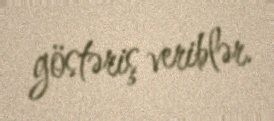
göstəriş veriblər.